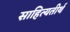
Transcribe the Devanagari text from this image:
साहित्यतीर्थ